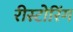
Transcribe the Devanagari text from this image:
रीस्टोरिंग